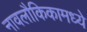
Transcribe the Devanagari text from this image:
नावलौकिकामध्ये